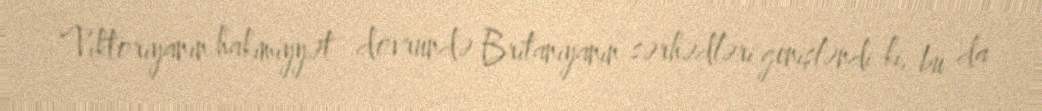
Viktoriyanın hakimiyyət dövründə Britaniyanın sərhədləri genişləndi ki, bu da